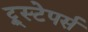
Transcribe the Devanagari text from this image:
ट्रूस्टेपर्स